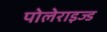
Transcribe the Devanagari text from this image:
पोलेराइज्ड